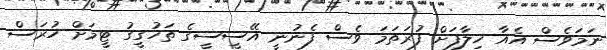
ނަމަވެސް އެއާ ހިލާފަށް ފުރަތަމަ ވެސް ފެނުނީ އޭސީސީގެ ތަހުގީގު ޓީމަށް ހުރަސް